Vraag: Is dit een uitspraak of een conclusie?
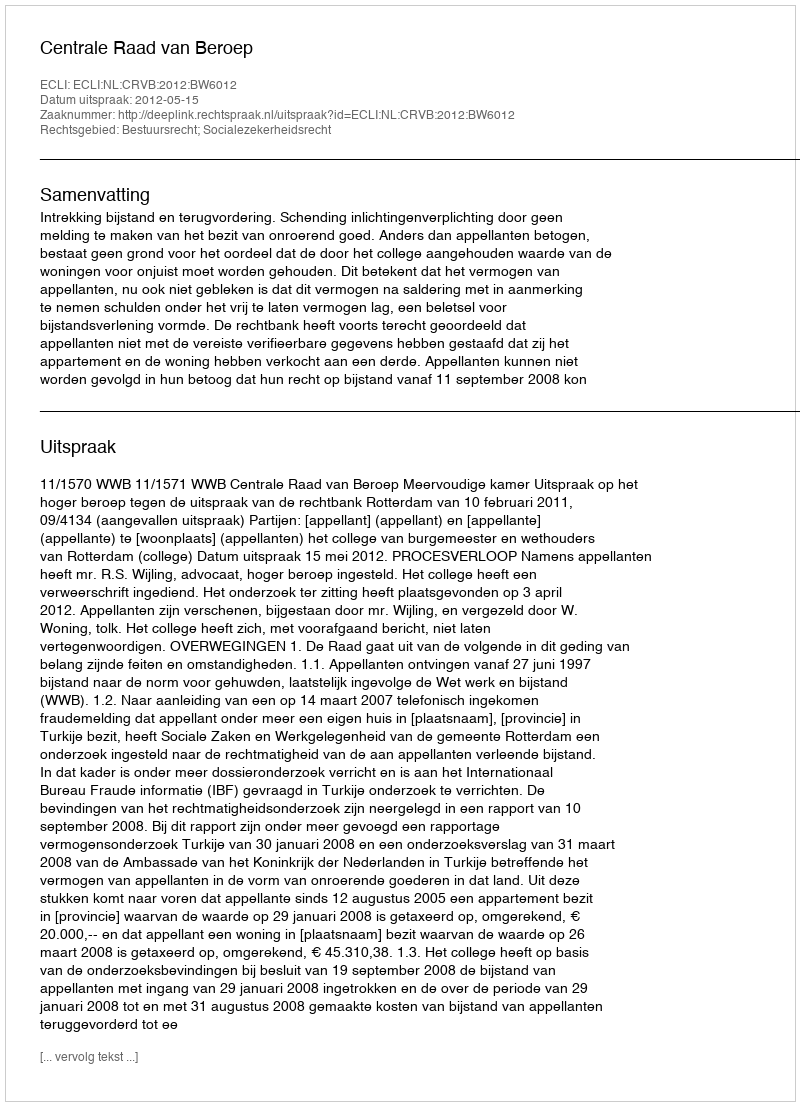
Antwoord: Uitspraak